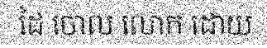
ដៃ ចោល លោក ដោយ